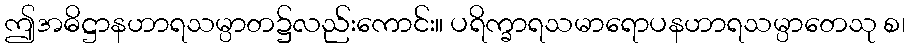
ဤအဓိဋ္ဌာနဟာရသမ္ပာတ၌လည်းကောင်း။ ပရိက္ခာရသမာရောပနဟာရသမ္ပာတေသု စ၊